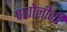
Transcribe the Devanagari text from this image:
पावोलीनी